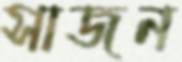
সাজন